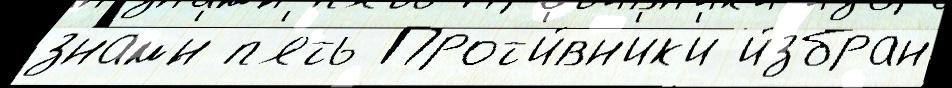
знам'́н п'ять Прот'и́вн'ик'и и́збран